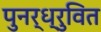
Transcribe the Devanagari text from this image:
पुनर्ध्रुवित